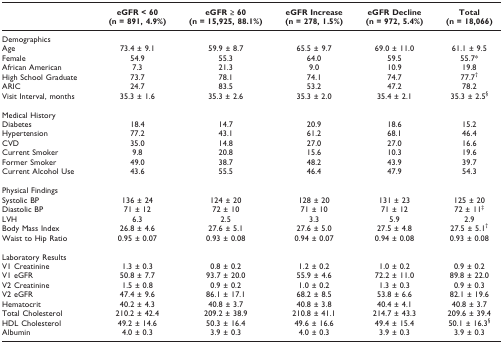
<table><thead><tr><td></td><td><b>eGFR &lt; 60(n = 891, 4.9%)</b></td><td><b>eGFR ≥ 60(n = 15,925, 88.1%)</b></td><td><b>eGFR Increase(n = 278, 1.5%)</b></td><td><b>eGFR Decline(n = 972, 5.4%)</b></td><td><b>Total(n = 18,066)</b></td></tr></thead><tbody><tr><td>Demographics</td><td></td><td></td><td></td><td></td><td></td></tr><tr><td>Age</td><td>73.4 ± 9.1</td><td>59.9 ± 8.7</td><td>65.5 ± 9.7</td><td>69.0 ± 11.0</td><td>61.1 ± 9.5</td></tr><tr><td>Female</td><td>54.9</td><td>55.3</td><td>64.0</td><td>59.5</td><td>55.7*</td></tr><tr><td>African American</td><td>7.3</td><td>21.3</td><td>9.0</td><td>10.9</td><td>19.8</td></tr><tr><td>High School Graduate</td><td>73.7</td><td>78.1</td><td>74.1</td><td>74.7</td><td>77.7<sup>†</sup></td></tr><tr><td>ARIC</td><td>24.7</td><td>83.5</td><td>53.2</td><td>47.2</td><td>78.2</td></tr><tr><td>Visit Interval, months</td><td>35.3 ± 1.6</td><td>35.3 ± 2.6</td><td>35.3 ± 2.0</td><td>35.4 ± 2.1</td><td>35.3 ± 2.5<sup>§</sup></td></tr><tr><td>Medical History</td><td></td><td></td><td></td><td></td><td></td></tr><tr><td>Diabetes</td><td>18.4</td><td>14.7</td><td>20.9</td><td>18.6</td><td>15.2</td></tr><tr><td>Hypertension</td><td>77.2</td><td>43.1</td><td>61.2</td><td>68.1</td><td>46.4</td></tr><tr><td>CVD</td><td>35.0</td><td>14.8</td><td>27.0</td><td>27.0</td><td>16.6</td></tr><tr><td>Current Smoker</td><td>9.8</td><td>20.8</td><td>15.6</td><td>10.3</td><td>19.6</td></tr><tr><td>Former Smoker</td><td>49.0</td><td>38.7</td><td>48.2</td><td>43.9</td><td>39.7</td></tr><tr><td>Current Alcohol Use</td><td>43.6</td><td>55.5</td><td>46.4</td><td>47.9</td><td>54.3</td></tr><tr><td>Physical Findings</td><td></td><td></td><td></td><td></td><td></td></tr><tr><td>Systolic BP</td><td>136 ± 24</td><td>124 ± 20</td><td>128 ± 20</td><td>131 ± 23</td><td>125 ± 20</td></tr><tr><td>Diastolic BP</td><td>71 ± 12</td><td>72 ± 10</td><td>71 ± 10</td><td>71 ± 12</td><td>72 ± 11<sup>‡</sup></td></tr><tr><td>LVH</td><td>6.3</td><td>2.5</td><td>3.3</td><td>5.9</td><td>2.9</td></tr><tr><td>Body Mass Index</td><td>26.8 ± 4.6</td><td>27.6 ± 5.1</td><td>27.6 ± 5.0</td><td>27.5 ± 4.8</td><td>27.5 ± 5.1<sup>†</sup></td></tr><tr><td>Waist to Hip Ratio</td><td>0.95 ± 0.07</td><td>0.93 ± 0.08</td><td>0.94 ± 0.07</td><td>0.94 ± 0.08</td><td>0.93 ± 0.08</td></tr><tr><td>Laboratory Results</td><td></td><td></td><td></td><td></td><td></td></tr><tr><td>V1 Creatinine</td><td>1.3 ± 0.3</td><td>0.8 ± 0.2</td><td>1.2 ± 0.2</td><td>1.0 ± 0.2</td><td>0.9 ± 0.2</td></tr><tr><td>V1 eGFR</td><td>50.8 ± 7.7</td><td>93.7 ± 20.0</td><td>55.9 ± 4.6</td><td>72.2 ± 11.0</td><td>89.8 ± 22.0</td></tr><tr><td>V2 Creatinine</td><td>1.5 ± 0.8</td><td>0.9 ± 0.2</td><td>1.0 ± 0.2</td><td>1.3 ± 0.3</td><td>0.9 ± 0.3</td></tr><tr><td>V2 eGFR</td><td>47.4 ± 9.6</td><td>86.1 ± 17.1</td><td>68.2 ± 8.5</td><td>53.8 ± 6.6</td><td>82.1 ± 19.6</td></tr><tr><td>Hematocrit</td><td>40.2 ± 4.3</td><td>40.8 ± 3.7</td><td>40.8 ± 3.8</td><td>40.4 ± 4.1</td><td>40.8 ± 3.7</td></tr><tr><td>Total Cholesterol</td><td>210.2 ± 42.4</td><td>209.2 ± 38.9</td><td>210.8 ± 41.1</td><td>214.7 ± 43.3</td><td>209.6 ± 39.4</td></tr><tr><td>HDL Cholesterol</td><td>49.2 ± 14.6</td><td>50.3 ± 16.4</td><td>49.6 ± 16.6</td><td>49.4 ± 15.4</td><td>50.1 ± 16.3<sup>§</sup></td></tr><tr><td>Albumin</td><td>4.0 ± 0.3</td><td>3.9 ± 0.3</td><td>4.0 ± 0.3</td><td>3.9 ± 0.3</td><td>3.9 ± 0.3</td></tr></tbody></table>